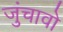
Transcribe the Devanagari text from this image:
जुंचावो